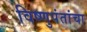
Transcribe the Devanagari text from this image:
विष्णुपंतांचा